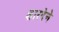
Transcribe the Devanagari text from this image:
शारदेने